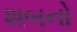
શબનો